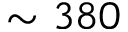
\sim 3 8 0